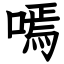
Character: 嘕